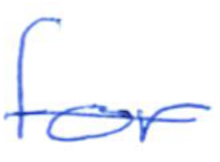
Text: for
Cross-out: single-line
Writing tool: ballpoint